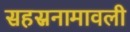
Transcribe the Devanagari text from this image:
सहस्रनामावली